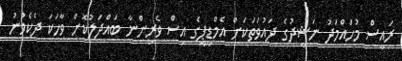
ރައީސް މުހައްމަދު ނަޝީދުގެ ދައުވަތަކަށް އެމްޑީޕީގެ އިސް ވެރިންނާ ބައްދަލުކޮށް ވާހަކަ ދެކެވުނު